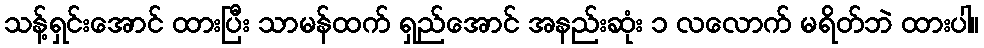
သန့်ရှင်းအောင် ထားပြီး သာမန်ထက် ရှည်အောင် အနည်းဆုံး ၁ လလောက် မရိတ်ဘဲ ထားပါ။